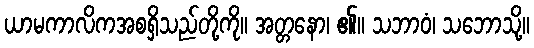
ယာမကာလိကအစရှိသည်တို့ကို။ အတ္တနော၊ ၏။ သဘာဝံ၊ သဘောသို့။